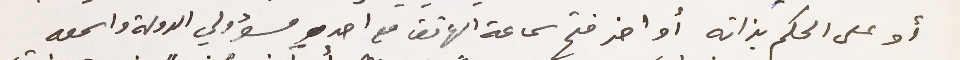
أو على الحكم بذاته أو اخر فتح سماعة الهاتف مع احد مسؤولي الدولة واسمعه